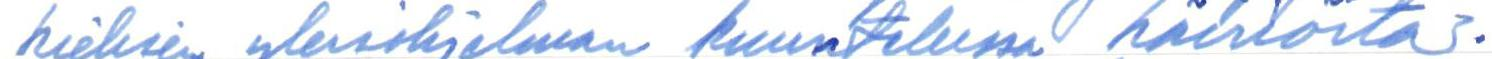
kielisen yleisohjelman kuuntelussa häiriöitä.